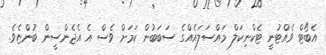
އެބޯޓް ވެއްޓުނީ ޓެކްނިކަލް މައްސަލައެއްގެ ސަބަބުން ކަމަށް ވެސް އެ އެޖެންސީން ބުންޏެވެ.